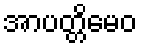
အာပတ္တိမေဝ